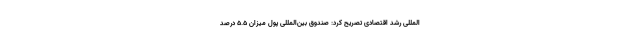
المللی رشد اقتصادی تصریح کرد: صندوق‌ بین‌المللی پول میزان ۵.۵ درصد